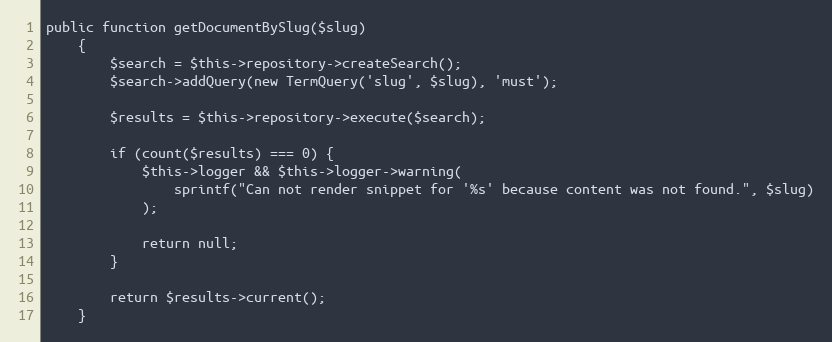
Language: PHP
public function getDocumentBySlug($slug)
    {
        $search = $this->repository->createSearch();
        $search->addQuery(new TermQuery('slug', $slug), 'must');

        $results = $this->repository->execute($search);

        if (count($results) === 0) {
            $this->logger && $this->logger->warning(
                sprintf("Can not render snippet for '%s' because content was not found.", $slug)
            );

            return null;
        }

        return $results->current();
    }